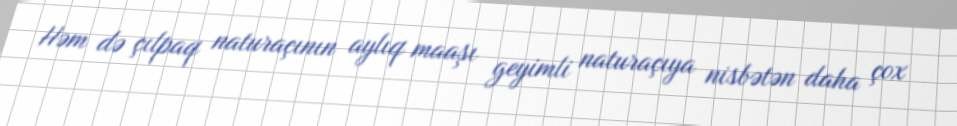
Həm də çılpaq naturaçının aylıq maaşı geyimli naturaçıya nisbətən daha çox